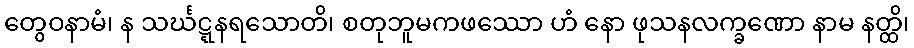
တွေဝနာမံ၊ န သင်္ဃဋ္ဋနရသောတိ၊ စတုဘူမကဖဿော ဟံ နော ဖုသနလက္ခဏော နာမ နတ္ထိ၊